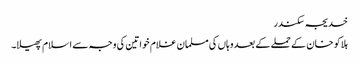
خدیجہ سکندر
ہلاکو خان کے حملے کے بعد وہاں کی مسلمان غلام خواتین کی وجہ سے اسلام پھیلا۔